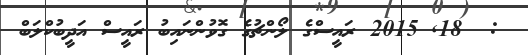
:  18